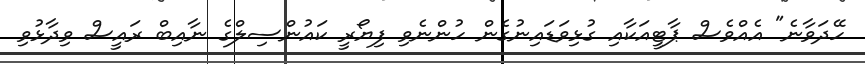
ހޭދަވާނެ" އެއްވެސް ޕާޓީއަކާއި ގުޅިވަޑައިނުގެން ހުންނެވި ފިޔޯރީ ކައުންސިލްގެ ނާއިބް ރައީސް ވިދާޅުވި